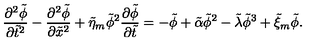
\frac { \partial ^ { 2 } \tilde { \phi } } { \partial \tilde { t } ^ { 2 } } - \frac { \partial ^ { 2 } \tilde { \phi } } { \partial \tilde { x } ^ { 2 } } + \tilde { \eta } _ { m } \tilde { \phi } ^ { 2 } \frac { \partial \tilde { \phi } } { \partial \tilde { t } } = - \tilde { \phi } + \tilde { \alpha } \tilde { \phi } ^ { 2 } - \tilde { \lambda } \tilde { \phi } ^ { 3 } + \tilde { \xi } _ { m } \tilde { \phi } .